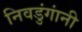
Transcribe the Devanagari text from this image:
निवडुंगांनी